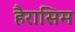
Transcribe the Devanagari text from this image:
हैरासिम